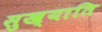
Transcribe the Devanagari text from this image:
सुख्याति